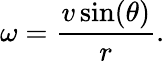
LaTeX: \omega={\frac{v\sin(\theta)}{r}}.